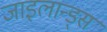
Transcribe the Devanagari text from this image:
जाइलान्ड्स